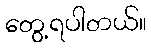
တွေ့ရပါတယ်။